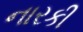
નારકી